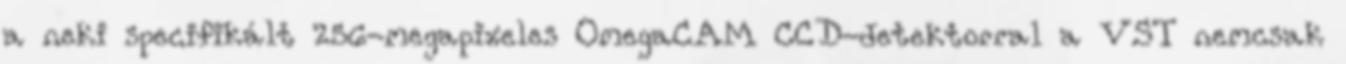
a neki specifikált 256-megapixeles OmegaCAM CCD-detektorral a VST nemcsak